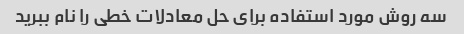
سه روش مورد استفاده برای حل معادلات خطی را نام ببرید